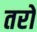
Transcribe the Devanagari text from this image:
तरों